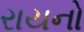
રાયનો